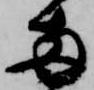
両